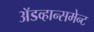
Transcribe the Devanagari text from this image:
अॅडव्हान्समेन्ट